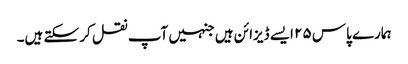
ہمارے پاس ۲۵ ایسے ڈیزائن ہیں جنہیں آپ نقل کر سکتے ہیں۔